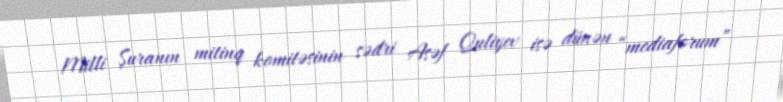
Milli Şuranın mitinq komitəsinin sədri Asəf Quliyev isə dünən “mediaforum”